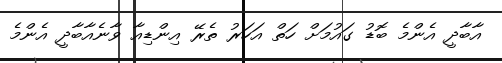
އާބާދީ އެންމެ ބޮޑު ގައުމަށް ހަތް އަހަރު ތެރޭ އިންޑިއާ ވާނެއާބާދީ އެންމެ